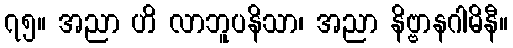
၇၅။ အညာ ဟိ လာဘူပနိသာ၊ အညာ နိဗ္ဗာနဂါမိနီ။